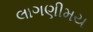
લાગણીમય